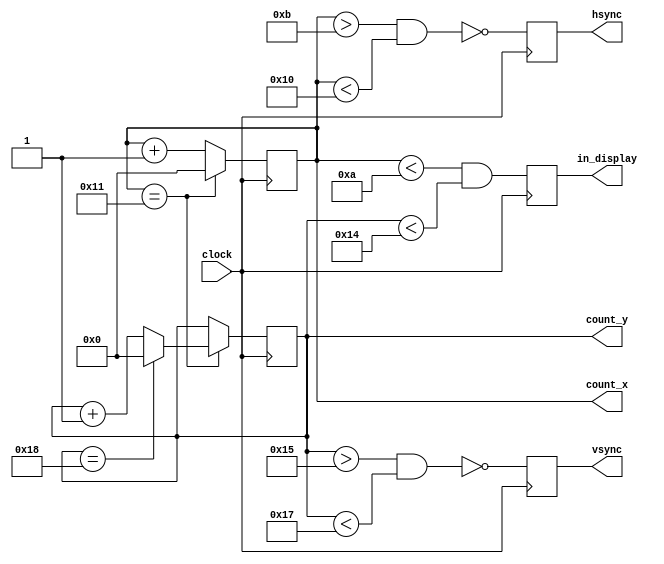
// internal vga sync signal and print counter generation

module vga_sync_gen(
    input clock,
    output reg hsync,               // line end
    output reg vsync,               // screen end
    output reg in_display,          // whether in printing area
    output reg [9:0] count_x,
    output reg [9:0] count_y        // extended to 10 bits for uniformity
);
                                    // front_porch + sync + back_porch + display
    wire high_x = (count_x == 17); // 1 + 5 + 1 + 10
    wire high_y = (count_y == 24); // 1 + 2 + 1 + 20

    // increment or loop x and y
    always @(posedge clock) begin
        if (high_x) begin
            count_x = 0;
            if (high_y)
                count_y = 0;
            else
                count_y = count_y + 1;
        end
        else
            count_x = count_x + 1; 
    end

    // set sync and display signals
    always @(posedge clock) begin
        // ~*sync if count_# in sync region in # direction
        // low only in sync region
        hsync <= ~(count_x > (10 + 1) && count_x < (10 + 1 + 5));
        vsync <= ~(count_y > (20 + 1) && count_y < (20 + 1 + 2));

        in_display <= (count_x < 10) && (count_y < 20);
    end

endmodule